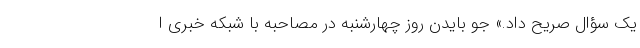
یک سؤال صریح داد.» جو بایدن روز چهارشنبه در مصاحبه با شبکه خبری ا